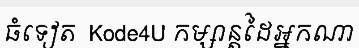
ធំទៀត  Kode4U កម្សាន្តដៃអ្នកណា